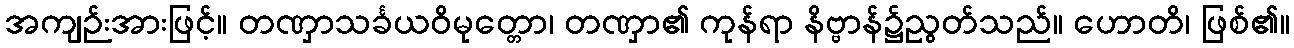
အကျဉ်းအားဖြင့်။ တဏှာသင်္ခယဝိမုတ္တော၊ တဏှာ၏ ကုန်ရာ နိဗ္ဗာန်၌ညွတ်သည်။ ဟောတိ၊ ဖြစ်၏။